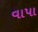
વાપા